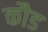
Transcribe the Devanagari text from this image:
कौड